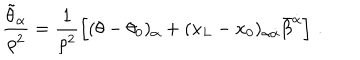
LaTeX: \frac { \tilde { \theta } _ { \alpha } } { \rho ^ { 2 } } = \frac { 1 } { \rho ^ { 2 } } \left[ ( \theta - \theta _ { 0 } ) _ { \alpha } + ( x _ { L } - x _ { 0 } ) _ { \alpha \dot { \alpha } } \bar { \beta } ^ { \dot { \alpha } } \right] \, .